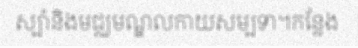
ស្ប៉ានិងមជ្ឈមណ្ឌលកាយសម្បទា។កន្លែង